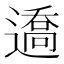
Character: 䢪